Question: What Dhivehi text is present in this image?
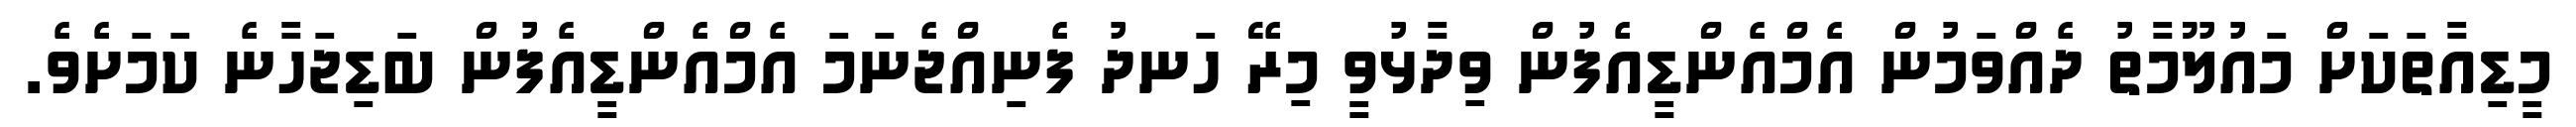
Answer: މީޑިއާތަކަށް މައުލޫމާތު ދެއްވަމުން އެމްއެންޑީއެފުން ވިދާޅުވީ މިރޭ ހަނދު ފެނިއްޖެނަމަ އެމްއެންޑީއެފުން ބަޑިޖަހާނެ ކަމަށެވެ.